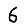
Digit: 6